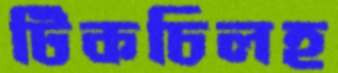
টিকচিলহ